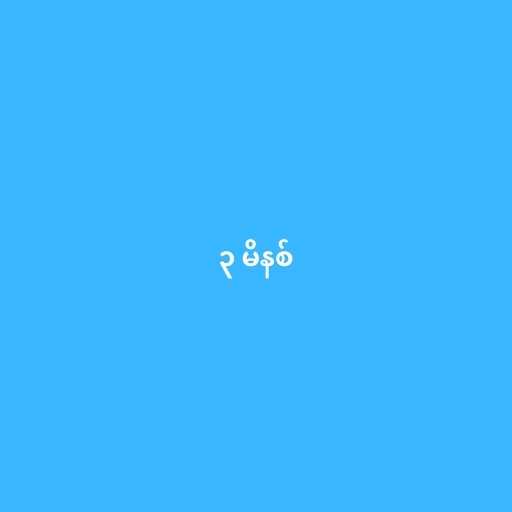
၃ မိနစ်